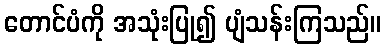
တောင်ပံကို အသုံးပြု၍ ပျံသန်းကြသည်။